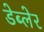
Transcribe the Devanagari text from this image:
डेब्लेर